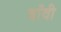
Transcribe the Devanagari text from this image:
बाँवी